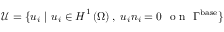
\boldsymbol { \mathcal { U } } = \{ u _ { i } \ | \ u _ { i } \in \boldsymbol { H } ^ { 1 } \left( \Omega \right) , \ u _ { i } n _ { i } = 0 \ \mathrm { ~ o ~ n ~ } \ \Gamma ^ { \mathrm { { b a s e } } } \}